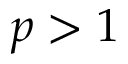
p > 1